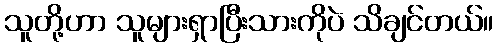
သူတို့ဟာ သူများရှာပြီးသားကိုပဲ သိချင်တယ်။